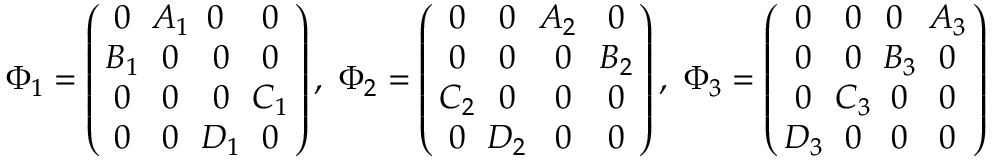
\Phi _ { 1 } = \left( \begin{array} { c c c c } { { \! \! 0 \! \! } } & { { \! \! A _ { 1 } \! \! } } & { { \! \! 0 } } & { { \! \! 0 \! \! } } \\ { { \! \! B _ { 1 } \! \! } } & { { \! \! 0 \! \! } } & { { \! \! 0 \! \! } } & { { \! \! 0 \! \! } } \\ { { \! \! 0 \! \! } } & { { \! \! 0 \! \! } } & { { \! \! 0 \! \! } } & { { \! \! C _ { 1 } \! \! } } \\ { { \! \! 0 \! \! } } & { { \! \! 0 \! \! } } & { { \! \! D _ { 1 } \! \! } } & { { \! \! 0 \! \! } } \end{array} \right) , ~ \Phi _ { 2 } = \left( \begin{array} { c c c c } { { \! \! 0 \! \! } } & { { \! \! 0 \! \! } } & { { \! \! A _ { 2 } } } & { { \! \! 0 \! \! } } \\ { { \! \! 0 \! \! } } & { { \! \! 0 \! \! } } & { { \! \! 0 \! \! } } & { { \! \! B _ { 2 } \! \! } } \\ { { \! \! C _ { 2 } \! \! } } & { { \! \! 0 \! \! } } & { { \! \! 0 \! \! } } & { { \! \! 0 \! \! } } \\ { { \! \! 0 \! \! } } & { { \! \! D _ { 2 } \! \! } } & { { \! \! 0 \! \! } } & { { \! \! 0 \! \! } } \end{array} \right) , ~ \Phi _ { 3 } = \left( \begin{array} { c c c c } { { \! \! 0 \! \! } } & { { \! \! 0 \! \! } } & { { \! \! 0 } } & { { \! \! A _ { 3 } \! \! } } \\ { { \! \! 0 \! \! } } & { { \! \! 0 \! \! } } & { { \! \! B _ { 3 } \! \! } } & { { \! \! 0 \! \! } } \\ { { \! \! 0 \! \! } } & { { \! \! C _ { 3 } \! \! } } & { { \! \! 0 \! \! } } & { { \! \! 0 \! \! } } \\ { { \! \! D _ { 3 } \! \! } } & { { \! \! 0 \! \! } } & { { \! \! 0 \! \! } } & { { \! \! 0 \! \! } } \end{array} \right)